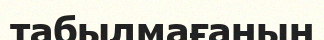
табылмағанын